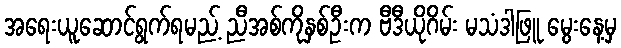
အရေးယူဆောင်ရွက်ရမည့် ညီအစ်ကိုနှစ်ဦးက ဗီဒီယိုဂိမ်း မသံဒါဖြူ မွေးနေ့မှ